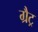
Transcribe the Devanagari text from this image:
ग्रैट्र